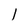
Character: l